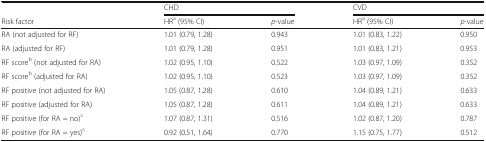
<table><thead><tr><td></td><td colspan="2"><b>CHD</b></td><td colspan="2"><b>CVD</b></td></tr><tr><td><b>Risk factor</b></td><td><b>HR<sup>a</sup> (95% CI)</b></td><td><b><i>p</i>-value</b></td><td><b>HR<sup>a</sup> (95% CI)</b></td><td><b><i>p</i>-value</b></td></tr></thead><tbody><tr><td>RA (not adjusted for RF)</td><td>1.01 (0.79, 1.28)</td><td>0.943</td><td>1.01 (0.83, 1.22)</td><td>0.950</td></tr><tr><td>RA (adjusted for RF)</td><td>1.01 (0.79, 1.28)</td><td>0.951</td><td>1.01 (0.83, 1.21)</td><td>0.953</td></tr><tr><td>RF score<sup>b</sup> (not adjusted for RA)</td><td>1.02 (0.95, 1.10)</td><td>0.522</td><td>1.03 (0.97, 1.09)</td><td>0.352</td></tr><tr><td>RF score<sup>b</sup> (adjusted for RA)</td><td>1.02 (0.95, 1.10)</td><td>0.523</td><td>1.03 (0.97, 1.09)</td><td>0.352</td></tr><tr><td>RF positive (not adjusted for RA)</td><td>1.05 (0.87, 1.28)</td><td>0.610</td><td>1.04 (0.89, 1.21)</td><td>0.633</td></tr><tr><td>RF positive (adjusted for RA)</td><td>1.05 (0.87, 1.28)</td><td>0.611</td><td>1.04 (0.89, 1.21)</td><td>0.633</td></tr><tr><td>RF positive (for RA = no)<sup>c</sup></td><td>1.07 (0.87, 1.31)</td><td>0.516</td><td>1.02 (0.87, 1.20)</td><td>0.787</td></tr><tr><td>RF positive (for RA = yes)<sup>c</sup></td><td>0.92 (0.51, 1.64)</td><td>0.770</td><td>1.15 (0.75, 1.77)</td><td>0.512</td></tr></tbody></table>